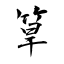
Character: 筸